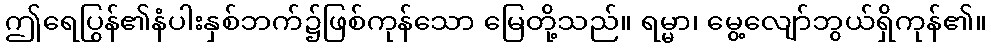
ဤရေပြွန်၏နံပါးနှစ်ဘက်၌ဖြစ်ကုန်သော မြေတို့သည်။ ရမ္မာ၊ မွေ့လျော်ဘွယ်ရှိကုန်၏။